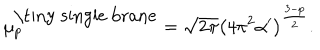
LaTeX: \mu _ { p } ^ { \mathrm { \tiny ~ s i n g l e ~ b r a n e } } = \sqrt { 2 \pi } \left( 4 \pi ^ { 2 } \alpha ^ { \prime } \right) ^ { \frac { 3 - p } { 2 } } .